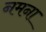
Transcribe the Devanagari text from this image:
नमना